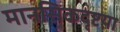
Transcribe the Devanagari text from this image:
मानसिकदृष्टय़ा